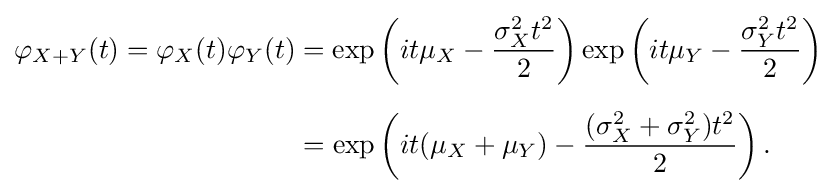
{\begin{aligned}\varphi _{X+Y}(t)=\varphi _{X}(t)\varphi _{Y}(t)&=\exp \left(it\mu _{X}-{\sigma _{X}^{2}t^{2} \over 2}\right)\exp \left(it\mu _{Y}-{\sigma _{Y}^{2}t^{2} \over 2}\right)\\[6pt]&=\exp \left(it(\mu _{X}+\mu _{Y})-{(\sigma _{X}^{2}+\sigma _{Y}^{2})t^{2} \over 2}\right).\end{aligned}}